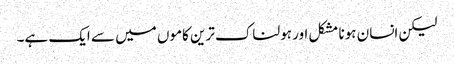
لیکن انسان ہونا مشکل اور ہولناک ترین کاموں میں سے ایک ہے۔